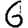
Digit: 6